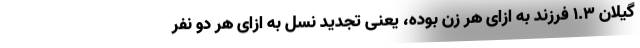
گیلان ۱.۳ فرزند به ازای هر زن بوده، یعنی تجدید نسل به ازای هر دو نفر